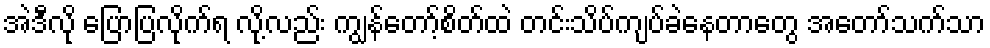
အဲဒီလို ပြောပြလိုက်ရ လို့လည်း ကျွန်တော့်စိတ်ထဲ တင်းသိပ်ကျပ်ခဲနေတာတွေ အတော်သက်သာ